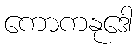
ကောကနုဒေါ